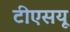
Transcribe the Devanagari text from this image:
टीएसयू